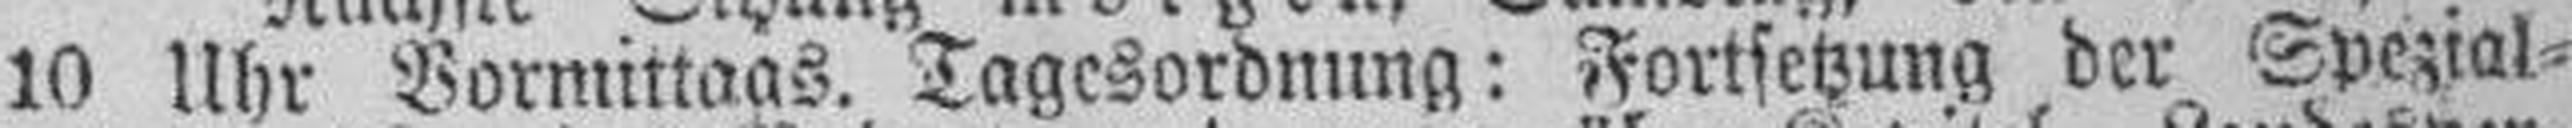
10 Uhr Vormittags. Tagesordnung: Fortsetzung der Spezial¬